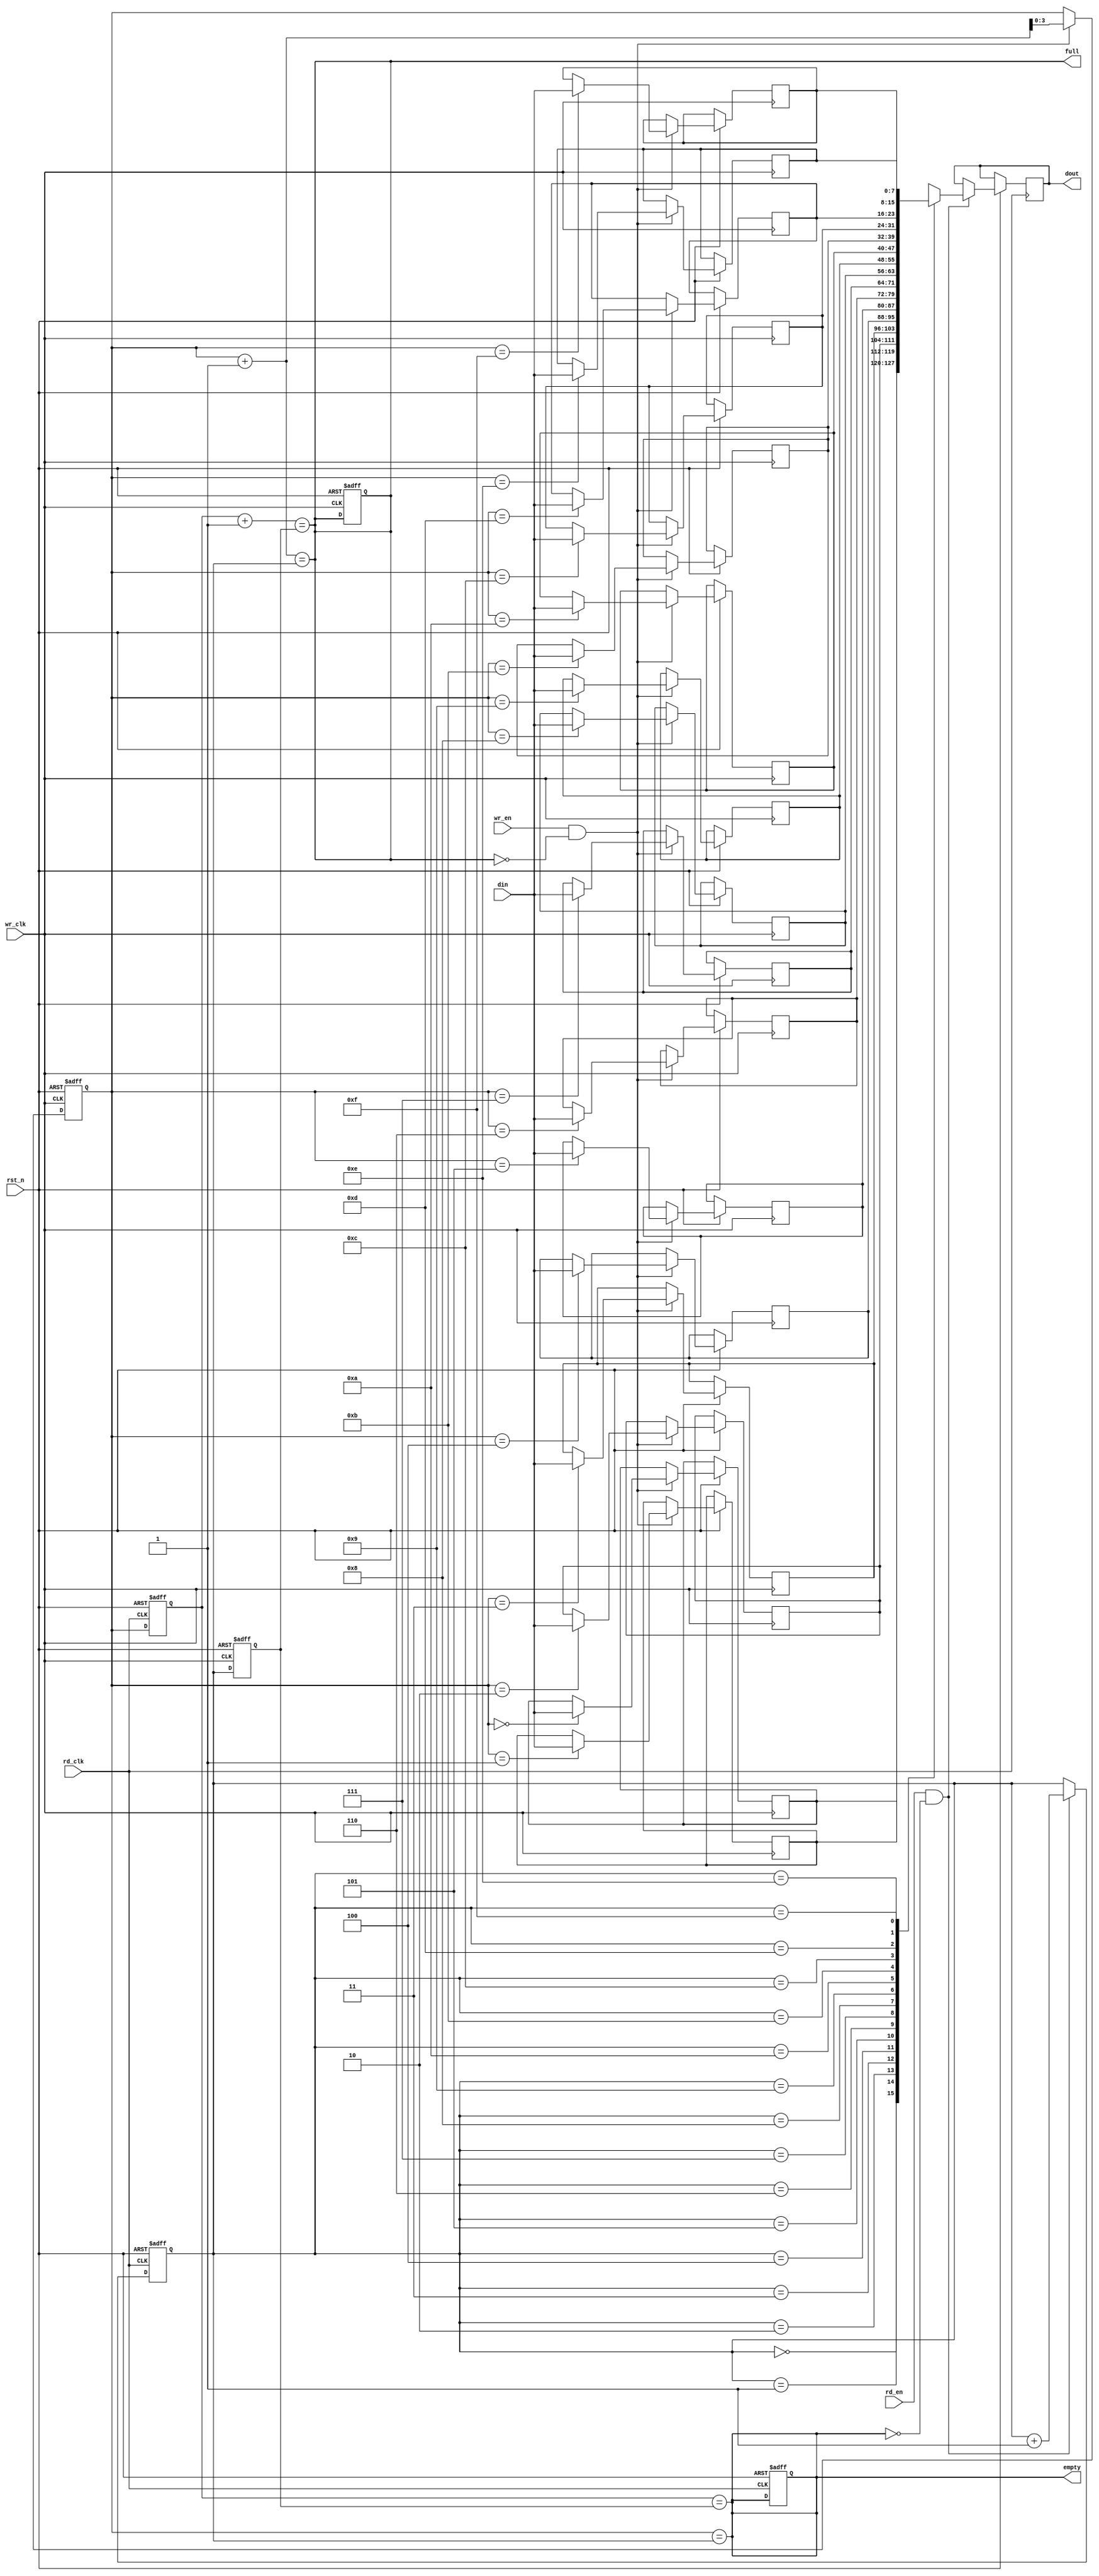
module async_fifo #(
    parameter DATA_WIDTH = 8,  // Width of the data
    parameter FIFO_DEPTH = 16   // Depth of the FIFO (must be a power of 2)
)(
    input wire wr_clk,           // Write clock
    input wire rd_clk,           // Read clock
    input wire rst_n,            // Active low reset
    input wire wr_en,            // Write enable
    input wire rd_en,            // Read enable
    input wire [DATA_WIDTH-1:0] din, // Data input
    output reg [DATA_WIDTH-1:0] dout, // Data output
    output reg full,             // FIFO full flag
    output reg empty             // FIFO empty flag
);

    // Memory array for FIFO
    reg [DATA_WIDTH-1:0] fifo_mem [0:FIFO_DEPTH-1];

    // Write and read pointers
    reg [$clog2(FIFO_DEPTH)-1:0] wptr, rptr;
    reg [$clog2(FIFO_DEPTH)-1:0] wptr_sync, rptr_sync;

    // Synchronization registers
    reg [$clog2(FIFO_DEPTH)-1:0] wptr_gray, rptr_gray;

    // Gray code conversion
    function [$clog2(FIFO_DEPTH)-1:0] bin_to_gray(input [$clog2(FIFO_DEPTH)-1:0] bin);
        begin
            bin_to_gray = bin ^ (bin >> 1);
        end
    endfunction

    // Reset logic
    always @(posedge wr_clk or negedge rst_n) begin
        if (!rst_n) begin
            wptr <= 0;
            full <= 0;
        end else if (wr_en && !full) begin
            fifo_mem[wptr] <= din;
            wptr <= wptr + 1;
        end
    end

    always @(posedge rd_clk or negedge rst_n) begin
        if (!rst_n) begin
            rptr <= 0;
            empty <= 1;
        end else if (rd_en && !empty) begin
            dout <= fifo_mem[rptr];
            rptr <= rptr + 1;
        end
    end

    // Full and empty flag logic
    always @(*) begin
        full = (wptr + 1) == rptr; // Full condition
        empty = (wptr == rptr);    // Empty condition
    end

    // Synchronize write pointer to read clock domain
    always @(posedge rd_clk or negedge rst_n) begin
        if (!rst_n) begin
            wptr_sync <= 0;
        end else begin
            wptr_sync <= wptr; // Synchronize write pointer
        end
    end

    // Synchronize read pointer to write clock domain
    always @(posedge wr_clk or negedge rst_n) begin
        if (!rst_n) begin
            rptr_sync <= 0;
        end else begin
            rptr_sync <= rptr; // Synchronize read pointer
        end
    end

    // Update full and empty flags based on synchronized pointers
    always @(*) begin
        full = (wptr_sync + 1) == rptr_sync; // Full condition
        empty = (wptr_sync == rptr_sync);     // Empty condition
    end

endmodule